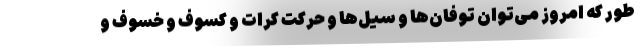
طور که امروز می‌توان توفان‌ها و سیل‌ها و حرکت کرات و کسوف و خسوف و